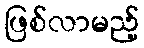
ဖြစ်လာမည့်